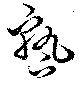
熟